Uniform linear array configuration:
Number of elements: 12
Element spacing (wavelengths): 0.75
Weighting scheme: uniform
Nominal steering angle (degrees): -60
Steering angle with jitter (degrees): -61.254
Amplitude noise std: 0.05
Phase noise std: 0.05

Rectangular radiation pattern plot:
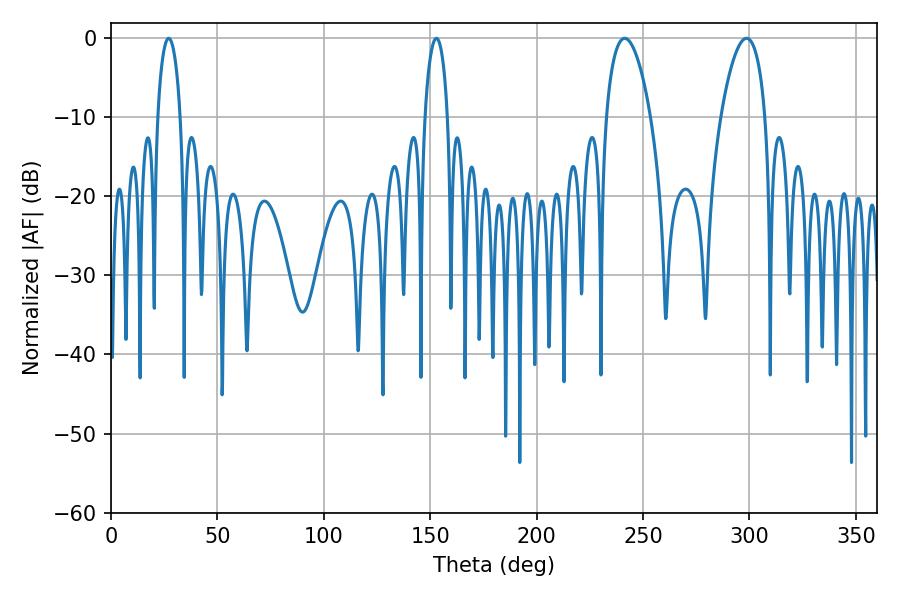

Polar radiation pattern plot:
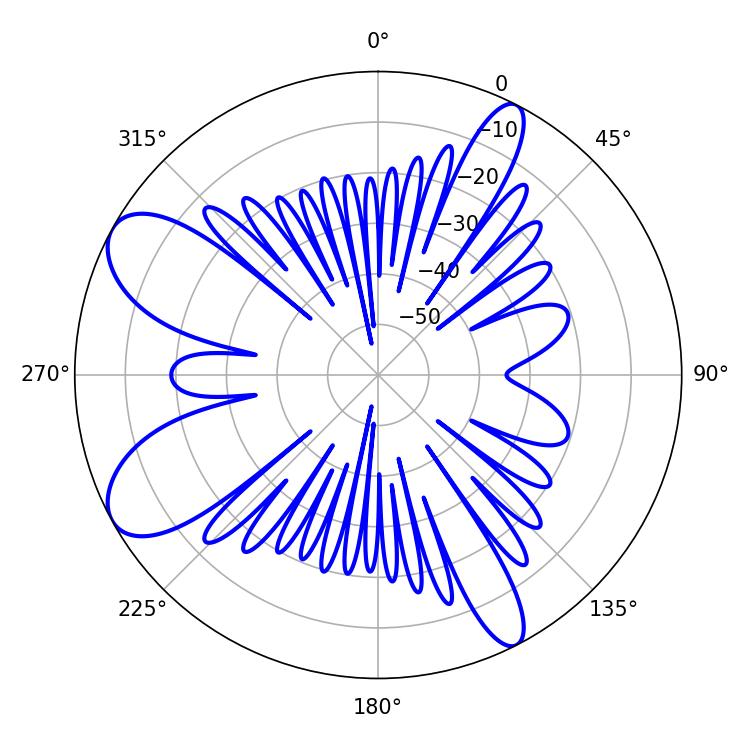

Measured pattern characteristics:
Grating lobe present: TRUE
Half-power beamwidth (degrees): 11.7
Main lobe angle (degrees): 241.38